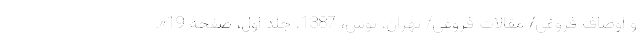
و اوصاف فروغی/ مقالات فروغی/ تهران، توس، 1387، جلد اول، صفحۀ 19».